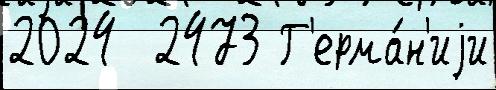
2024  2473 Г'ерма́н'иjи